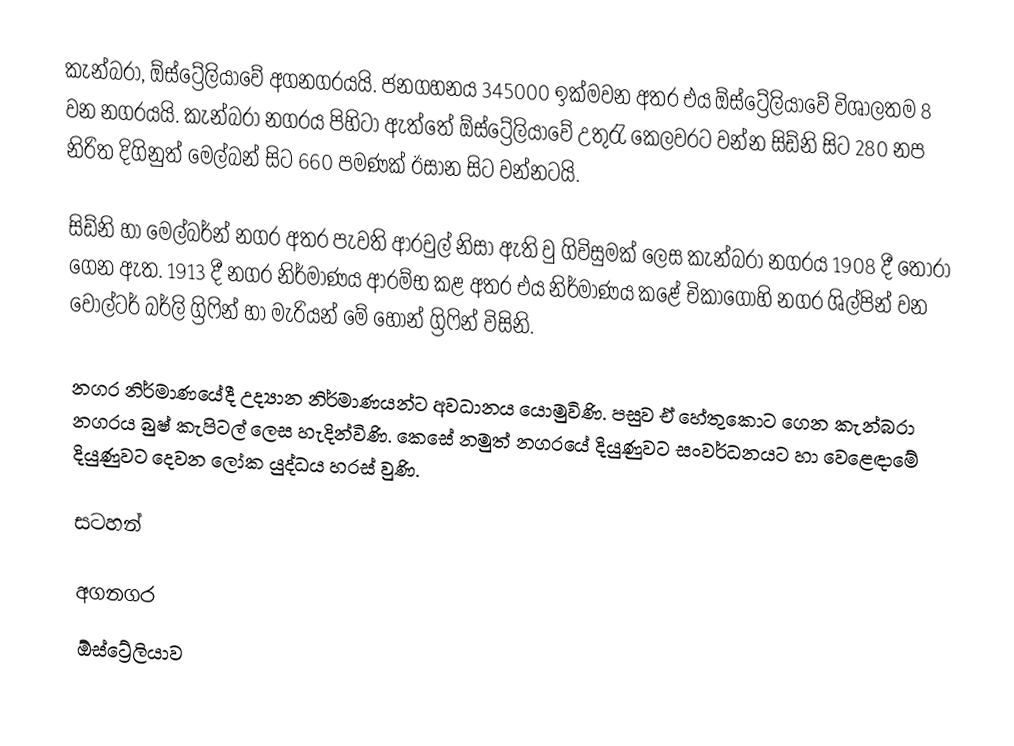
කැන්බරා, ඕස්ට්‍රේලියාවේ අගනගරයයි. ජනගහනය 345000 ඉක්මවන අතර එය ඕස්ට්‍රේලියාවේ විශාලතම 8 වන නගරයයි. කැන්බරා නගරය පිහිටා ඇත්තේ ඕස්ට්‍රේලියාවේ උතුරැ කෙලවරට වන්න සිඩ්නි සිට 280 නප නිරිත දිගිනුත් මෙල්බන් සිට 660 පමණක් ඊසාන සිට වන්නටයි.

සිඩ්නි හා‍ මෙල්බර්න් නගර අතර පැවති ආරවුල් නිසා ඇති වු ගිවිසුමක් ලෙස කැන්බරා නගරය 1908 දී තෝරා ගෙන ඇත. 1913 දී නගර නිර්මාණය ආරම්භ කළ අතර එය නිර්මාණය කළේ චිකාගෝහි නගර ශිල්පින් වන වෝල්ටර් බර්ලි ග්‍රිෆින් හා මැරියන් මේ හොන් ග්‍රිෆින් විසිනි.

නගර නිර්මාණයේදී උද්‍යාන නිර්මාණයන්ට අවධානය යොමුවිණි. පසුව ඒ හේතුකොට ගෙන කැන්බරා නගරය බුෂ් කැපිටල් ලෙස හැදින්විණි. කෙසේ නමුත් නගරයේ දියුණුවට සංවර්ධනයට හා වෙළෙඳාමේ දියුණුවට දෙවන ලෝක යුද්ධය හරස් වුණි.

සටහන්

අගනගර
ඕස්ට්‍රේලියාව